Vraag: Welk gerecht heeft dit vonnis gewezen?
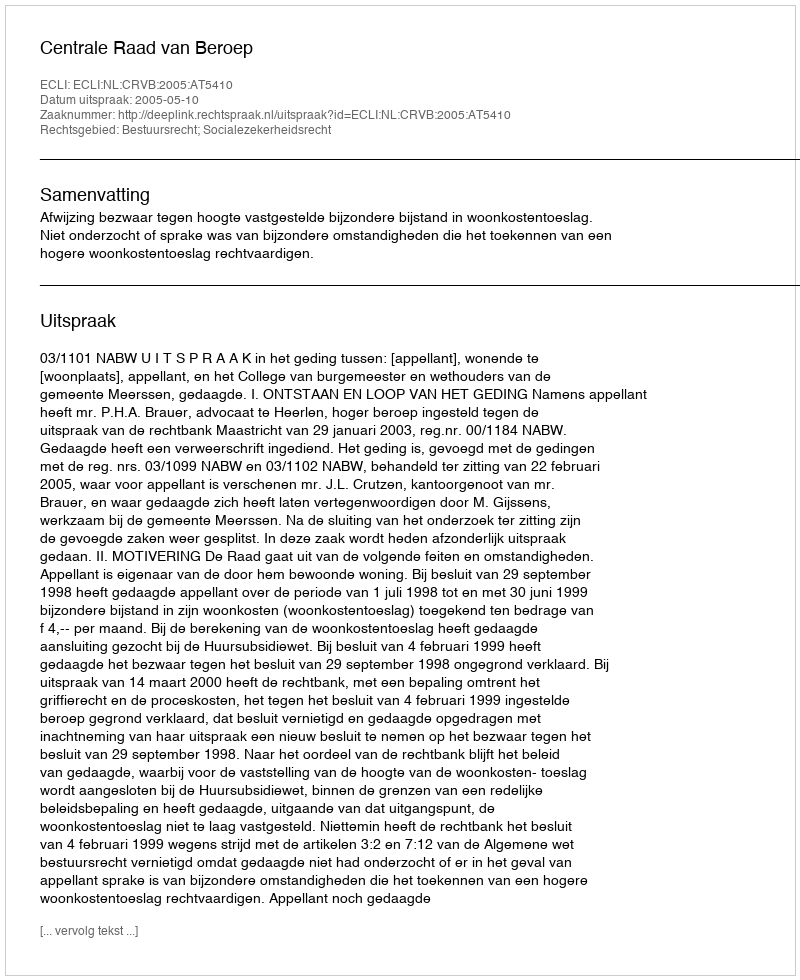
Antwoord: Centrale Raad van Beroep